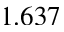
1 . 6 3 7